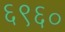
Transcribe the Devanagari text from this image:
६९६०